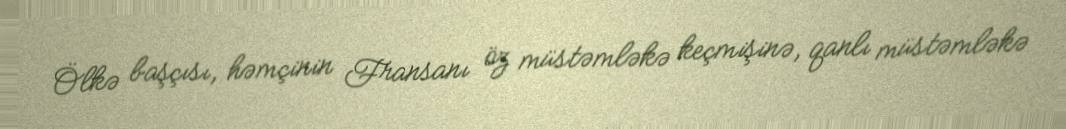
Ölkə başçısı, həmçinin Fransanı öz müstəmləkə keçmişinə, qanlı müstəmləkə